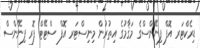
ޑިރެކްޓަރ އޮފް ފިނޭންސްގެ މަޤާމުގެ އިތުރުން މިނިސްޓަރ އޮފް ސްޓޭޓް ފޮރ ފިނޭންސް